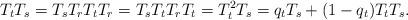
LaTeX: \begin{align*}T_tT_s = T_sT_rT_tT_r = T_sT_tT_rT_t = T_t^2T_s = q_tT_s + (1-q_t) T_tT_s.\end{align*}